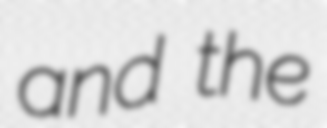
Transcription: and the